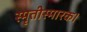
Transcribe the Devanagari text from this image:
स्मृतीस्मारक।